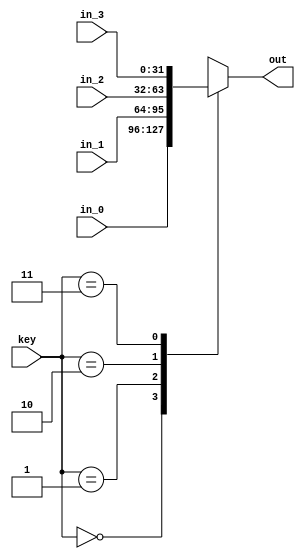
module Mux_32b_4_in (input [31:0] in_0, input [31:0] in_1, input [31:0] in_2, input [31:0] in_3, 
							
							input [1:0] key, output reg [31:0] out);

	
	always @ (key or in_0 or in_1 or in_2 or in_3)
	begin
		case (key)
		
			0: out <= in_0;
			1: out <= in_1;
			2: out <= in_2;
			3: out <= in_3;
		
		endcase
	end



endmodule